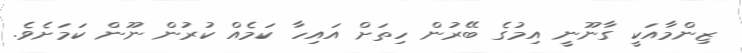
ޒިންމާއަކީ ގާނޫނީ އިމުގެ ބޭރުން ހިތަށް އައިހާ ކަމެއް ކުރުން ނޫން ކަަމަށެވެ.